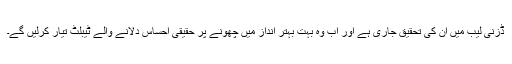
ڈزنی لیب میں ان کی تحقیق جاری ہے اور اب وہ بہت بہتر انداز میں چھونے پر حقیقی احساس دلانے والے ٹیبلٹ تیار کرلیں گے۔